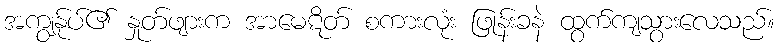
အကျွန်ုပ်၏ နှုတ်ဖျားက အာမေဋိတ် စကားလုံး ဖြုန်းခနဲ ထွက်ကျသွားလေသည်။